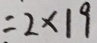
= 2 \times 1 9